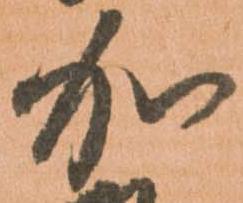
加